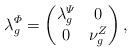
LaTeX: \begin{align*} \lambda^\varPhi_g =\begin{pmatrix}\lambda^\varPsi_g & 0\\ 0 & \nu^Z_g\end{pmatrix},\end{align*}